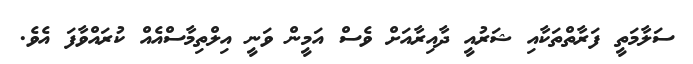
ސަލާމަތީ ފަރާތްތަކާއި ޝަރުއީ ދާއިރާއަށް ވެސް އަމީން ވަނީ އިލްތިމާސްއެއް ކުރައްވާފަ އެވެ.